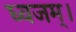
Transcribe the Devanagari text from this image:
ध्वजम्।